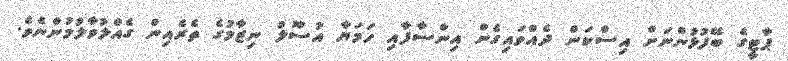
ޕާޓީގެ ބޭފުޅުންނަށް އިސްކަން ދެއްވައިގެން އިންސާފާއި ހަމަޔާ އުސޫލު ނިޒާމުގެ ތެރެއިން ގެއްލުވާލުމުންނެވެ.